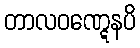
တာလဝဏ္ဋေနပိ